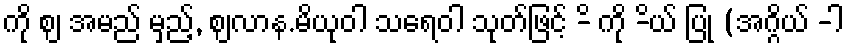
ကို ဈ အမည် မှည့်, ဈလာန.မိယုဝါ သရေဝါ သုတ်ဖြင့် -ိ ကို -ိယ် ပြု (အဂ္ဂိယ် -ါ